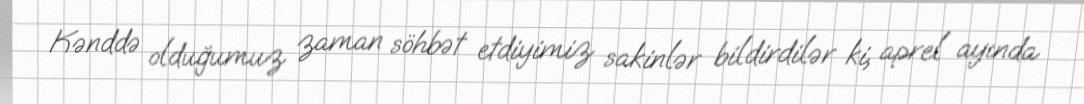
Kənddə olduğumuz zaman söhbət etdiyimiz sakinlər bildirdilər ki, aprel ayında